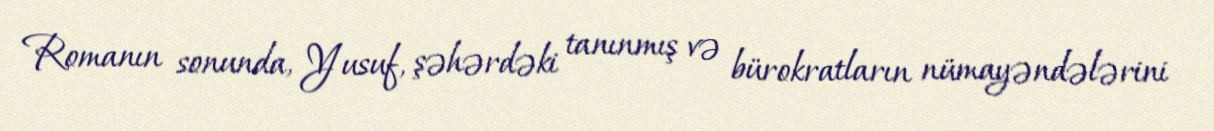
Romanın sonunda, Yusuf, şəhərdəki tanınmış və bürokratların nümayəndələrini